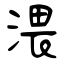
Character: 渨